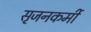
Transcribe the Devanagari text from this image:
सृजनकर्मी